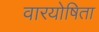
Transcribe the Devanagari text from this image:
वारयोषिता